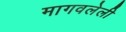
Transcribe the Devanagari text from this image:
मागवलेली